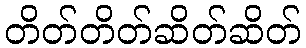
တိတ်တိတ်ဆိတ်ဆိတ်